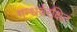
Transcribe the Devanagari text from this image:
गन्धर्वरक्षितं